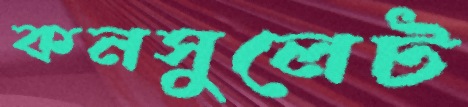
কনসুলেট